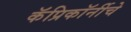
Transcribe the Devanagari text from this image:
कॅप्रिकॉर्नीचे